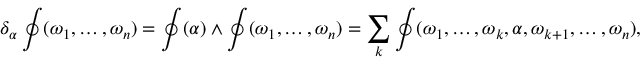
\delta _ { \alpha } \oint ( \omega _ { 1 } , \ldots , \omega _ { n } ) = \oint ( \alpha ) \wedge \oint ( \omega _ { 1 } , \ldots , \omega _ { n } ) = \sum _ { k } \oint ( \omega _ { 1 } , \ldots , \omega _ { k } , \alpha , \omega _ { k + 1 } , \ldots , \omega _ { n } ) ,